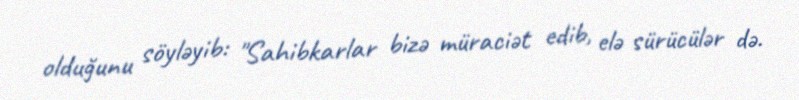
olduğunu söyləyib: "Sahibkarlar bizə müraciət edib, elə sürücülər də.